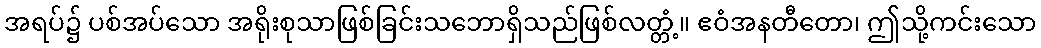
အရပ်၌ ပစ်အပ်သော အရိုးစုသာဖြစ်ခြင်းသဘောရှိသည်ဖြစ်လတ္တံ့။ ဧဝံအနတီတော၊ ဤသို့ကင်းသော